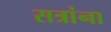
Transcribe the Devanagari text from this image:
सत्रांना